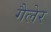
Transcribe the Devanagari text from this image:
गैलेर